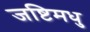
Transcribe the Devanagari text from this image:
जष्टिमधु